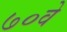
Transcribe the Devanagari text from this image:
७०वे